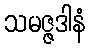
သမဇ္ဇဒါနံ